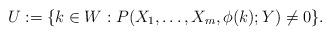
LaTeX: \begin{align*}U:=\{ k\in W: P(X_1,\ldots ,X_m,\phi ( k);Y) \neq 0\}. \end{align*}